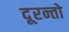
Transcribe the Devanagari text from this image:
दूरन्तो